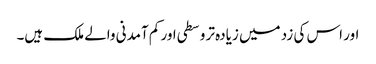
اور اس کی زد میں زیادہ تر وسطی اور کم آمدنی والے ملک ہیں۔